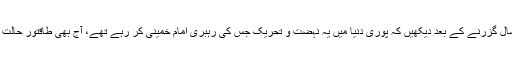
آج 37 سال گزرنے کے بعد دیکھیں کہ پوری دنیا میں یہ نہضت و تحریک جس کی رہبری امام خمینیؒ کر رہے تھے، آج بھی طاقتور حالت میں ہے۔